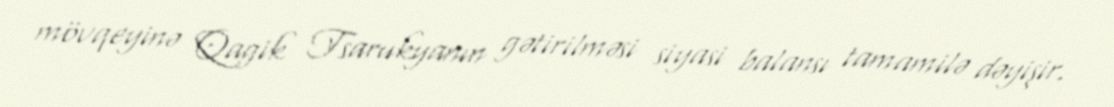
mövqeyinə Qagik Tsarukyanın gətirilməsi siyasi balansı tamamilə dəyişir.